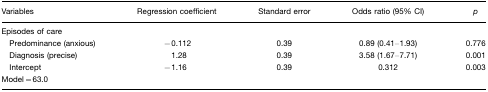
| Variables | Regression coefficient | Standard error | Odds ratio (95% CI) | p |
 | --- | --- | --- | --- | --- |
 | <COLSPAN=5> Episodes of care |
 | Predominance (anxious) | −0.112 | 0.39 | 0.89 (0.41–1.93) | 0.776 |
 | Diagnosis (precise) | 1.28 | 0.39 | 3.58 (1.67–7.71) | 0.001 |
 | Intercept | −1.16 | 0.39 | 0.312 | 0.003 |
 | Model=63.0 |  |  |  |  |